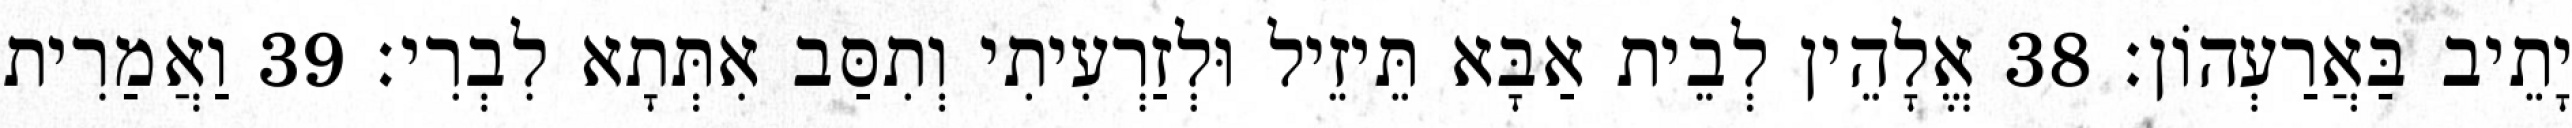
יָתֵיב בַּאֲרַעְהוֹן׃ 38 אֱלָהֵין לְבֵית אַבָּא תֵּיזֵיל וּלְזַרְעִיתִי וְתִסַּב אִתְּתָא לִבְרִי׃ 39 וַאֲמַרִית